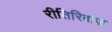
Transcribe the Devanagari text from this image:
रीतिरिवाज़